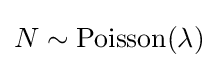
N\sim \operatorname {Poisson} (\lambda )